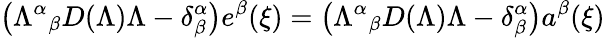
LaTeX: \left({\Lambda^{\alpha}}_{\beta}D(\Lambda)\Lambda-\delta_{\beta}^{\alpha}\right)e^{\beta}(\xi)=\left({\Lambda^{\alpha}}_{\beta}D(\Lambda)\Lambda-\delta_{\beta}^{\alpha}\right)a^{\beta}(\xi)